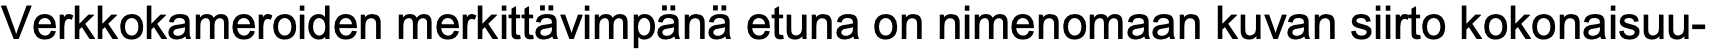
Verkkokameroiden merkittävimpänä etuna on nimenomaan kuvan siirto kokonaisuu-